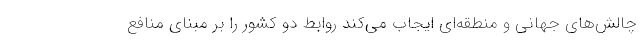
چالش‌های جهانی و منطقه‌ای ایجاب می‌کند روابط دو کشور را بر مبنای منافع